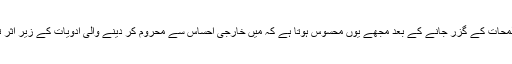
اِن لمحات کے گزر جانے کے بعد مجھے یوں محسوس ہوتا ہے کہ میں خارجی احساس سے محروم کر دینے والی ادویات کے زیرِ اثر تھا۔